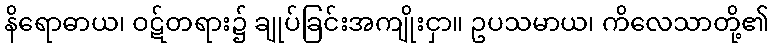
နိရောဓာယ၊ ဝဋ်တရား၌ ချုပ်ခြင်းအကျိုးငှာ။ ဥပသမာယ၊ ကိလေသာတို့၏